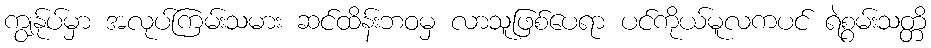
ကျွန်ုပ်မှာ အလုပ်ကြမ်းသမား ဆင်ထိန်းဘဝမှ လာသူဖြစ်ပေရာ ပင်ကိုယ်မူလကပင် ရဲစွမ်းသတ္တိ